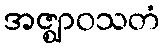
အဇ္ဈာဝသတံ